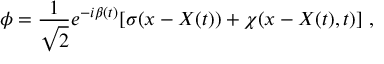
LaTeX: \phi = \frac 1 { \sqrt { 2 } } e ^ { - i \beta ( t ) } [ \sigma ( x - X ( t ) ) + \chi ( x - X ( t ) , t ) ] \ ,